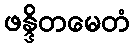
ဖန္ဒိတမေတံ